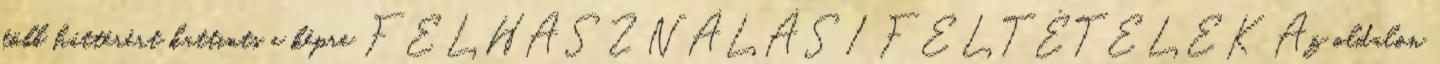
több háttérért kattints a képre FELHASZNÁLÁSI FELTÉTELEK Az oldalon